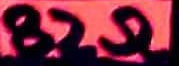
Text: 82Ω